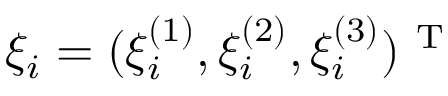
\xi _ { i } = ( \xi _ { i } ^ { ( 1 ) } , \xi _ { i } ^ { ( 2 ) } , \xi _ { i } ^ { ( 3 ) } ) ^ { \mathrm { ~ T ~ } }